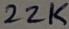
Text: 22K